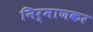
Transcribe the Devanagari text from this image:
निर्माणकर